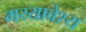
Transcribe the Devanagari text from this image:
मय्यावेश्य